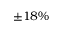
\pm 1 8 \%